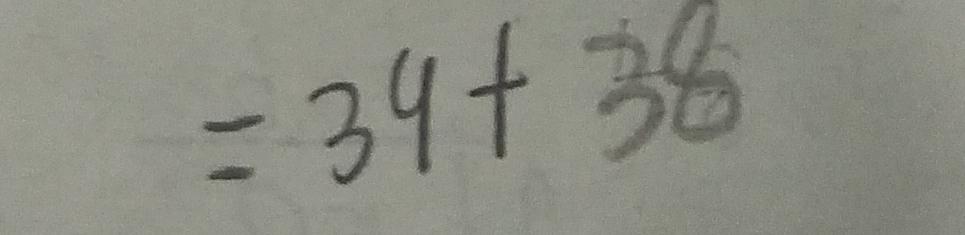
= 3 9 + 3 8